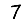
Digit: 7